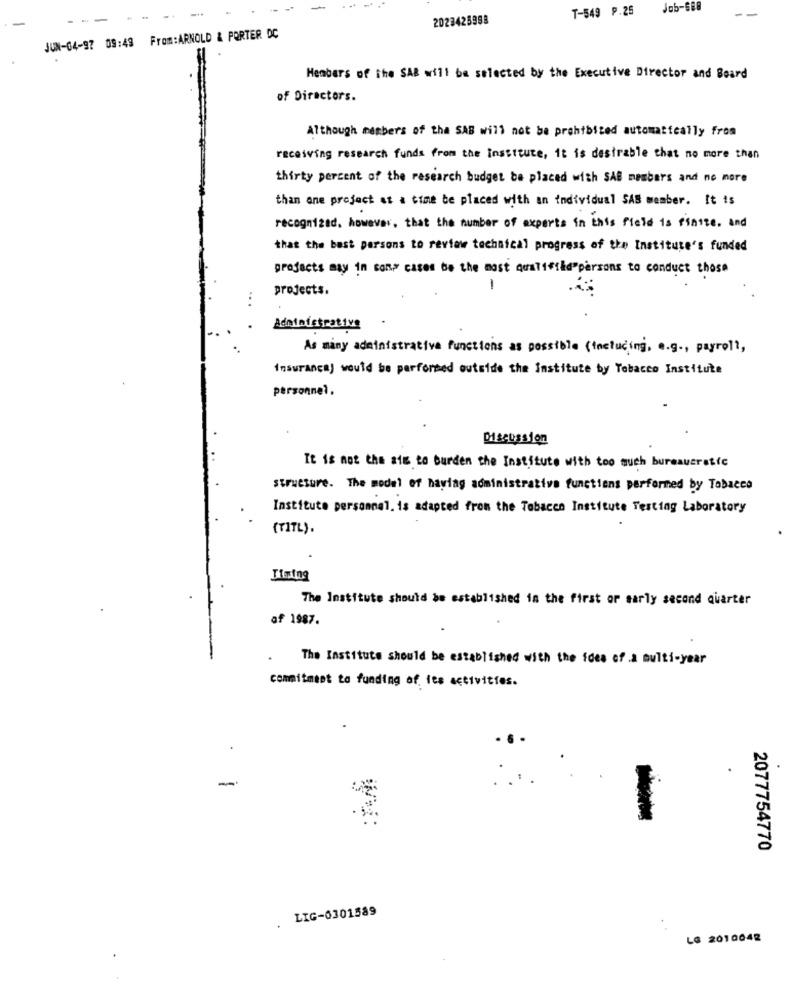
T-549 P.26
Job-688
2023425998
JUN-04-97 09:49 From:ARNOLD & PORTER DC
Members of the SAR will be selected by the Executive Director and Board
of Directors.
Although members of the SAB will not be prohibited automatically from
receiving research funds from the institute, it is desirable that no more than
thirty percent of the research budget be placed with SAB members and no more
than one project at a time be placed with an individual SAS member. It is
recognized, however, that the number of experts in this field is finite. and
that the best persons to review technical progress of the Institute's funded
projects may in cons cases be the most qualifild"parsons to conduct those
projects.
-
Administrative
As many administrative functions as possible (including, e.g ., payroll,
insurance) would be performed outside the institute by Tobacco Institute
personnel,
Discussion
It is not the aim to burden the Institute with too much bureaucratic
structure. The model of having administrative functions performed by Tobacco
Institute personnal. is adapted from the Tobacco Institute Testing Laboratory
(TITL).
The Institute should be established in the first or sarly second quarter
of 1987.
The Institute should be established with the idea of a multi-year
commitment to funding of its activities.
-
2077754770
. LIG-0301589
LG 2010042